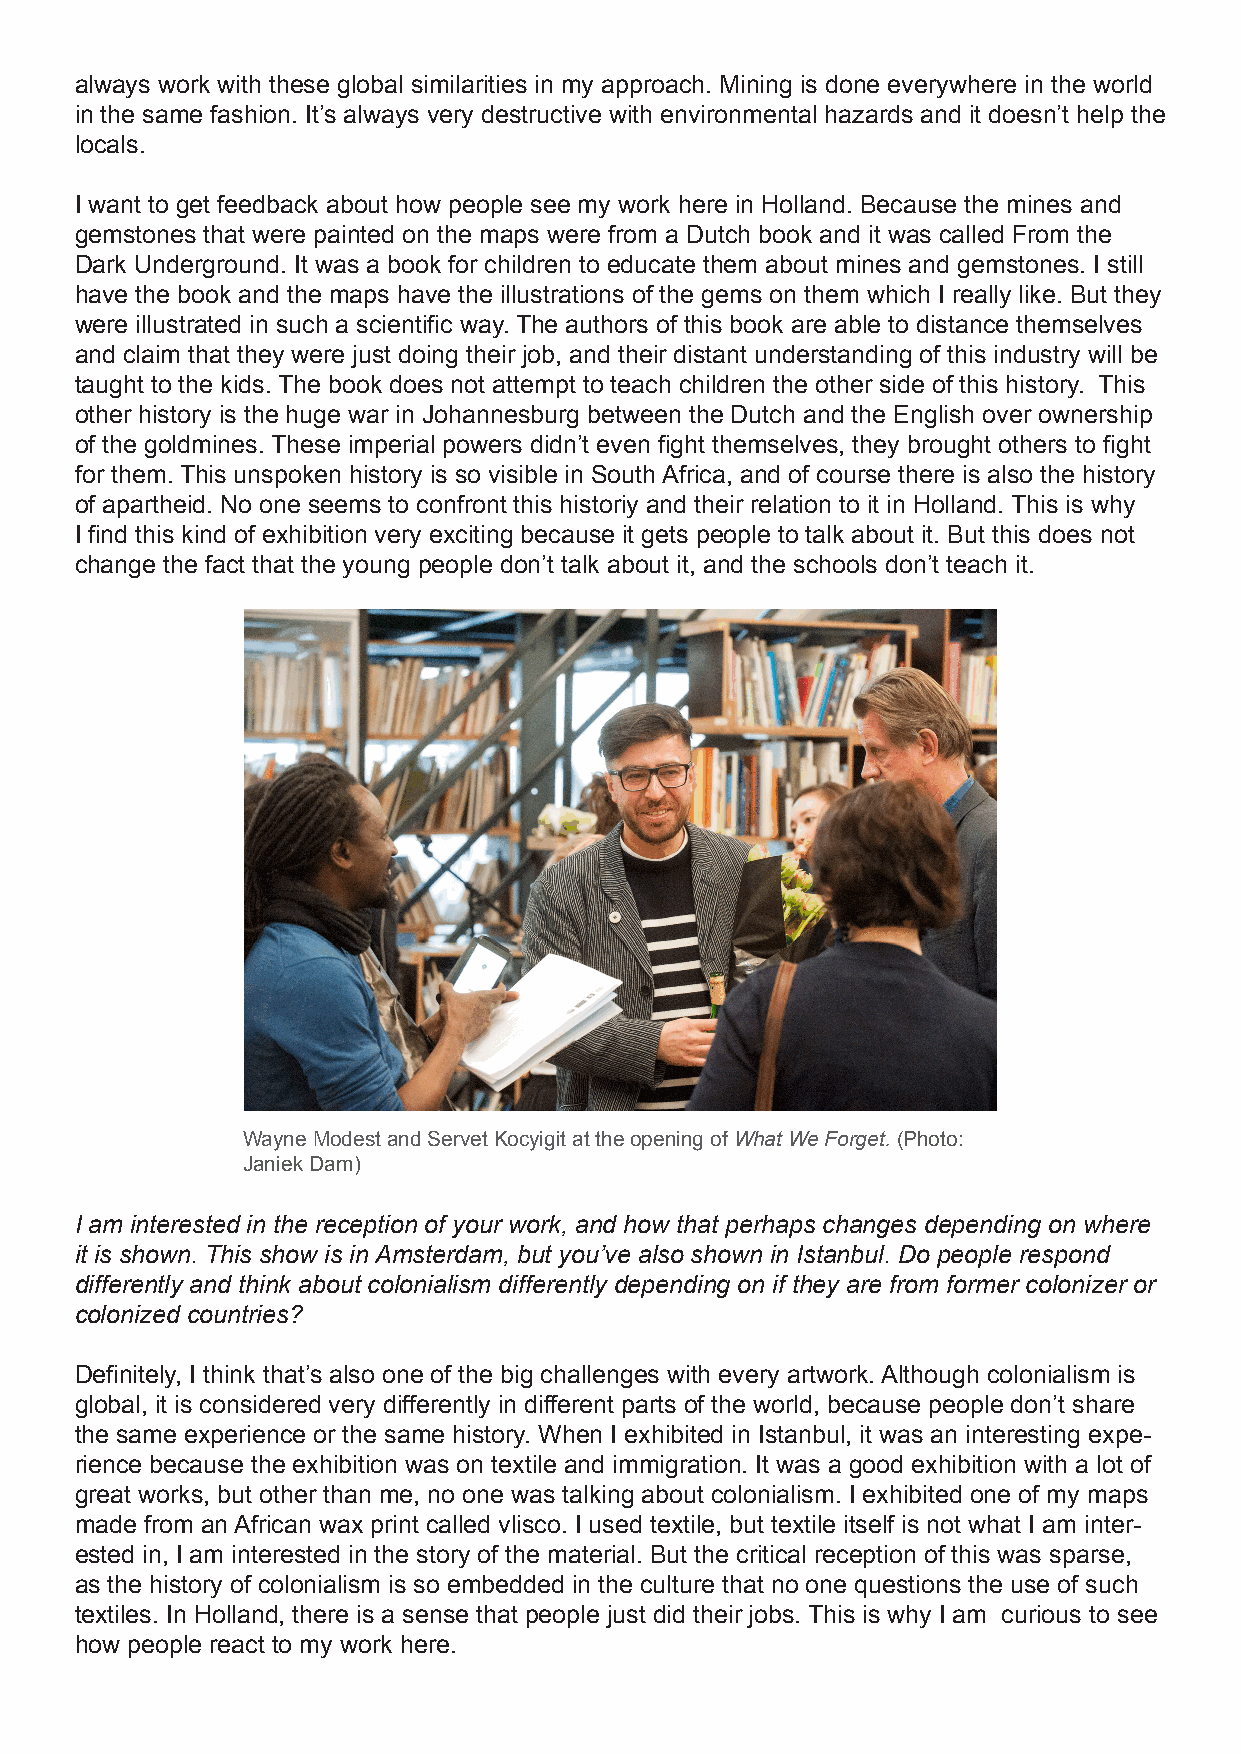
always work with these global similarities in my approach. Mining is done everywhere in the world
 in the same fashion. It’s always very destructive with environmental hazards and it doesn’t help the
 locals.
 I want to get feedback about how people see my work here in Holland. Because the mines and
 gemstones that were painted on the maps were from a Dutch book and it was called From the
 Dark Underground. It was a book for children to educate them about mines and gemstones. I still
 have the book and the maps have the illustrations of the gems on them which I really like. But they
 were illustrated in such a scientific way. The authors of this book are able to distance themselves
 and claim that they were just doing their job, and their distant understanding of this industry will be
 taught to the kids. The book does not attempt to teach children the other side of this history. This
 other history is the huge war in Johannesburg between the Dutch and the English over ownership
 of the goldmines. These imperial powers didn’t even fight themselves, they brought others to fight
 for them. This unspoken history is so visible in South Africa, and of course there is also the history
 of apartheid. No one seems to confront this historiy and their relation to it in Holland. This is why
 I find this kind of exhibition very exciting because it gets people to talk about it. But this does not
 change the fact that the young people don’t talk about it, and the schools don’t teach it.
 Wayne Modest and Servet Kocyigit at the opening of What We Forget. (Photo:
 Janiek Dam)
 I am interested in the reception of your work, and how that perhaps changes depending on where
 it is shown. This show is in Amsterdam, but you’ve also shown in Istanbul. Do people respond
 differently and think about colonialism differently depending on if they are from former colonizer or
 colonized countries?
 Definitely, I think that’s also one of the big challenges with every artwork. Although colonialism is
 global, it is considered very differently in different parts of the world, because people don’t share
 the same experience or the same history. When I exhibited in Istanbul, it was an interesting expe-
 rience because the exhibition was on textile and immigration. It was a good exhibition with a lot of
 great works, but other than me, no one was talking about colonialism. I exhibited one of my maps
 made from an African wax print called vlisco. I used textile, but textile itself is not what I am inter-
 ested in, I am interested in the story of the material. But the critical reception of this was sparse,
 as the history of colonialism is so embedded in the culture that no one questions the use of such
 textiles. In Holland, there is a sense that people just did their jobs. This is why I am curious to see
 how people react to my work here.